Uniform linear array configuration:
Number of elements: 8
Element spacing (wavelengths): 1
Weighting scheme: kaiser
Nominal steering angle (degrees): -60
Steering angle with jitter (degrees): -60.014
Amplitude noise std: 0.05
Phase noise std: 0.05

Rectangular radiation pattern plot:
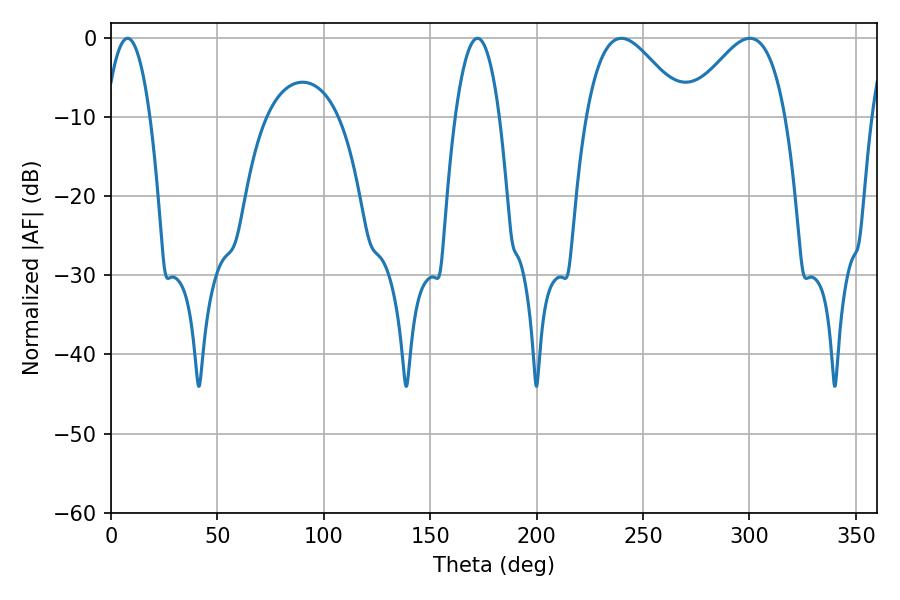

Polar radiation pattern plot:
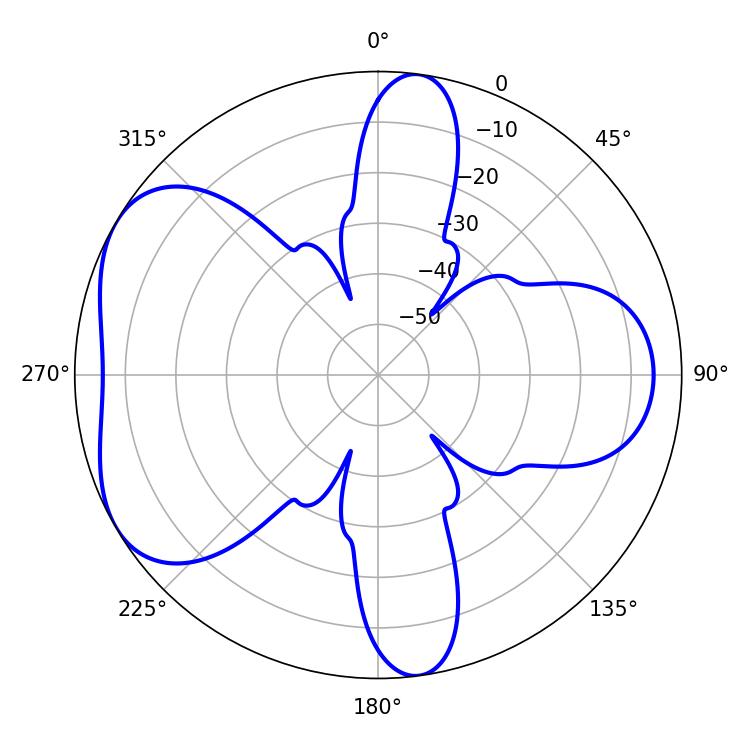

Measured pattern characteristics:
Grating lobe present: TRUE
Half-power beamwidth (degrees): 24.84
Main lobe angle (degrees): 239.76